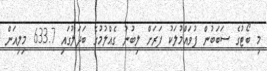
މި ބޯޓުގެ ސަބަބުން ފުވައްމުލަކު ފަރަށް ލިބުނު ގެއްލުމުގެ ބަދަލުގައި 633.7 މިލިއަން